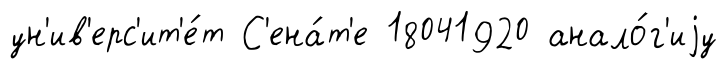
ун'ив'ерс'ит'е́т С'ена́т'е 18041920 анало́г'иjу